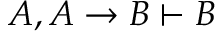
A , A \to B \vdash B